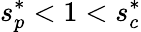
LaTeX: s_{p}^{*}<1<s_{c}^{*}